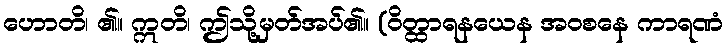
ဟောတိ၊ ၏။ ဣတိ၊ ဤသို့မှတ်အပ်၏။ (ဝိတ္ထာရနယေန အဝစနေ ကာရဏံ